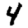
Digit: 4